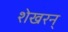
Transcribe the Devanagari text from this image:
शेखरन्